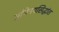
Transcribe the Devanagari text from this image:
अभिनयसिद्धांत